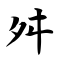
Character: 舛